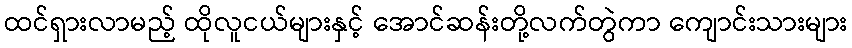
ထင်ရှားလာမည့် ထိုလူငယ်များနှင့် အောင်ဆန်းတို့လက်တွဲကာ ကျောင်းသားများ